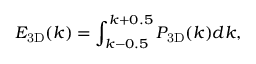
E _ { \mathrm { { 3 D } } } ( k ) = \int _ { k - 0 . 5 } ^ { k + 0 . 5 } P _ { \mathrm { { 3 D } } } ( k ) d k ,